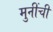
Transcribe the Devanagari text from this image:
मुनींची